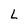
Character: L